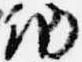
納